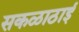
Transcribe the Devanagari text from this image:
सकळाठाई